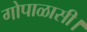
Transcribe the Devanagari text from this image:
गोपाळासी।